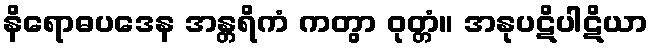
နိရောဓပဒေန အန္တရိကံ ကတွာ ဝုတ္တံ။ အနုပဋိပါဋိယာ